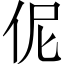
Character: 伲